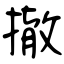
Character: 撤